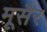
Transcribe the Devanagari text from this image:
मूसैर